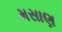
મસાણ